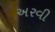
અરવી